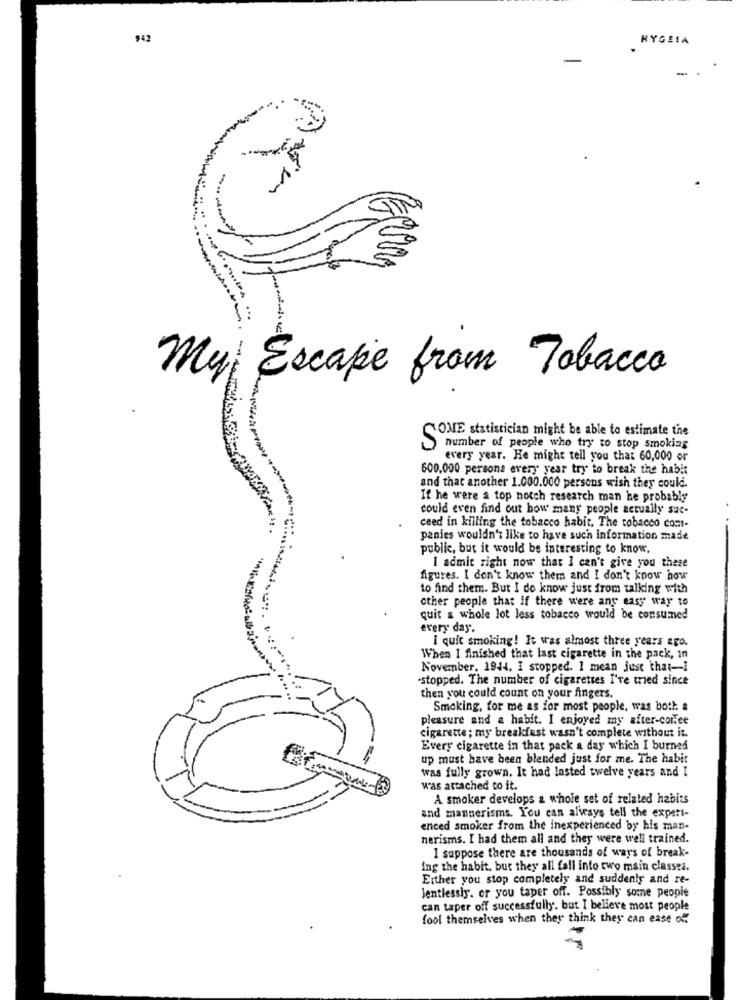
942
RYGEIA
-
Myi Escape from Tobacco
CLONE statistician might be able to estimate the
number of people who try to stop smoking
every year. He might tell you that 60,000 or
600,000 persons every year try to break the habit
and that another 1.000.000 persons wish they could.
If he were a top notch research man he probably
could even find out how many people actually suc-
ceed in killing the tobacco habit. The tobacco com-
panies wouldn't like to have such information made
public, but it would be interesting to know,
I admit right now that I can't give you these
figures. I don't know them and I don't know how
to find them. But I do know just from talking with
other people that if there were any easy way to
quit a whole lot less tobacco would be consumed
every day.
I quit smoking! It was almost three years ago.
When I finished that last cigarette in the pack, in
November, 1944, I stopped. I mean just that-1
stopped. The number of cigarettes I've tried since
then you could count on your fingers.
Smoking, for me as for most people, was both. a
pleasure and a habit. I enjoyed my after-conlee
cigarette ; my breakfest wasn't complete without it.
Every cigarette in that pack & day which I burned
up must have been blended just for me. The habit
was fully grown. It had lasted twelve years and I
was attached to it.
A smoker develops & whole set of related habits
and mannerisms. You can always tell the expert-
enced smoker from the inexperienced by his man-
nerisms. I had them all and they were well trained.
I suppose there are thousands of ways of break-
ing the habit, but they all fall into two main classes.
Either you stop completely and suddenly and re-
Jentlessly. or you taper off. Possibly some people
can taper off successfully. but I believe most people
fool themselves when they think they can ease of